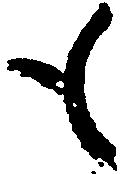
も